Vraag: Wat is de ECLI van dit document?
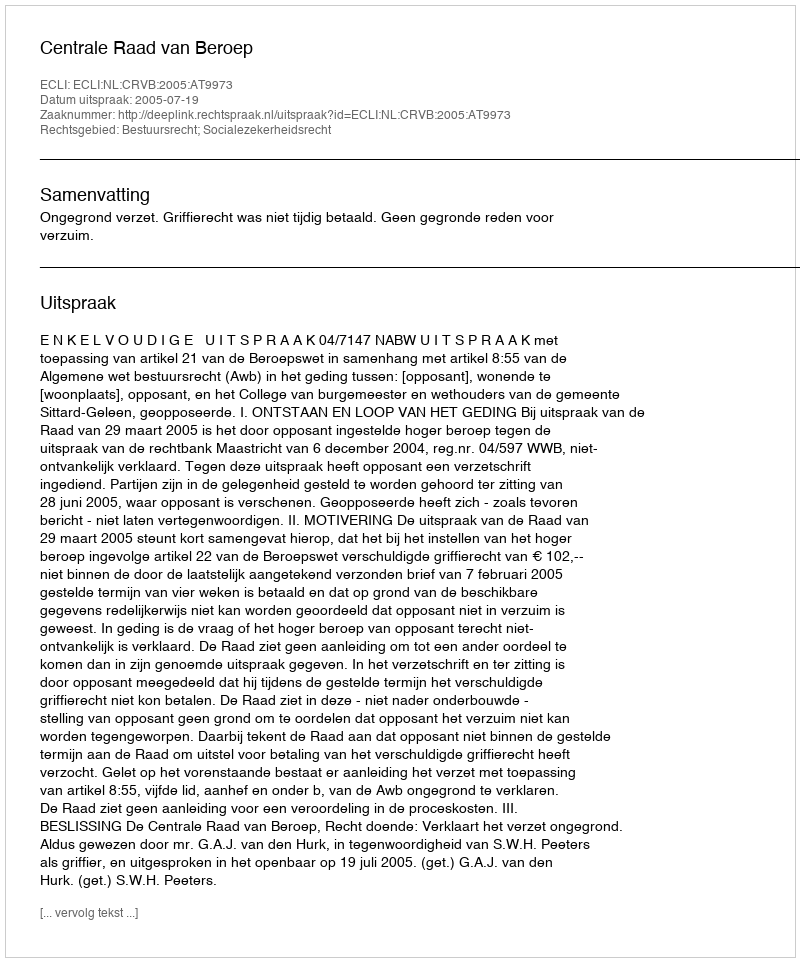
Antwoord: ECLI:NL:CRVB:2005:AT9973